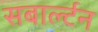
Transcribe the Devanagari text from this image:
सबार्ल्टन